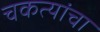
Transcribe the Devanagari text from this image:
चकत्यांचा